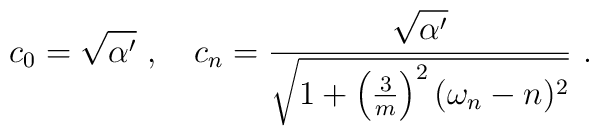
c_0 = \sqrt{\alpha'}~,~~~c_n = \frac{\sqrt{\alpha'}}{\sqrt{1 +          \left( \frac{3}{m} \right)^2 (\omega_n - n)^2 } }~.